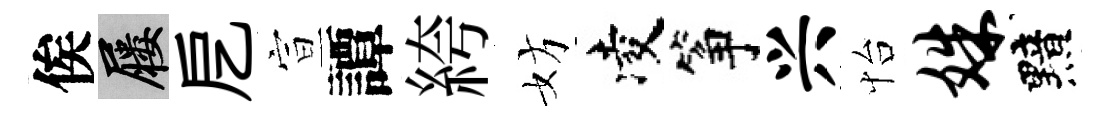
俟屨戹宣譚絝妨凌筝兴怡姝黯